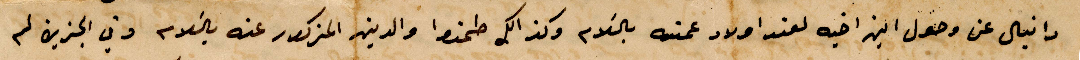
دانيال عن وصول ابن أخيه لعند أولاد عمته بالسلام وكذلك طمنوا والدين المذكور عنه بالسلام وفي الجزين لم